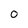
Character: 0